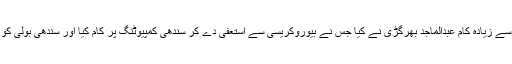
اس سلسلے میں سب سے زیادہ کام عبدالماجد بھرگڑی نے کیا جس نے بیوروکریسی سے استعفیٰ دے کر سندھی کمپیوٹنگ پر کام کیا اور سندھی بولی کو یونیکوڈ پر لے آئے۔